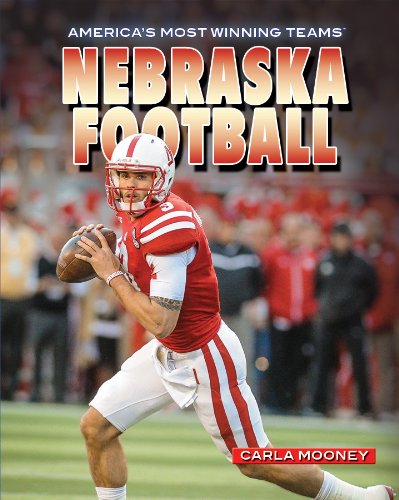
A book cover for Nebraska Football (America's Most Winning Teams); Carla Mooney; Teen & Young Adult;